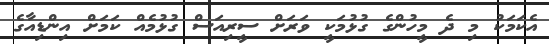
އެކަމަކު މި ދެ މީހުންގެ ގުޅުމަކީ ވަރަށް ސީރިއަސް ގުޅުމެއް ކަމަށް އިންޑިއާގެ